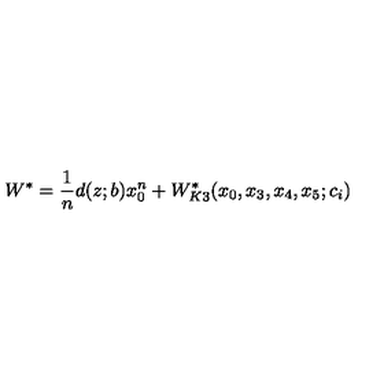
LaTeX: W ^ { \ast } = \frac { 1 } { n } d ( z ; b ) x _ { 0 } ^ { n } + W _ { K 3 } ^ { \ast } ( x _ { 0 } , x _ { 3 } , x _ { 4 } , x _ { 5 } ; c _ { i } )